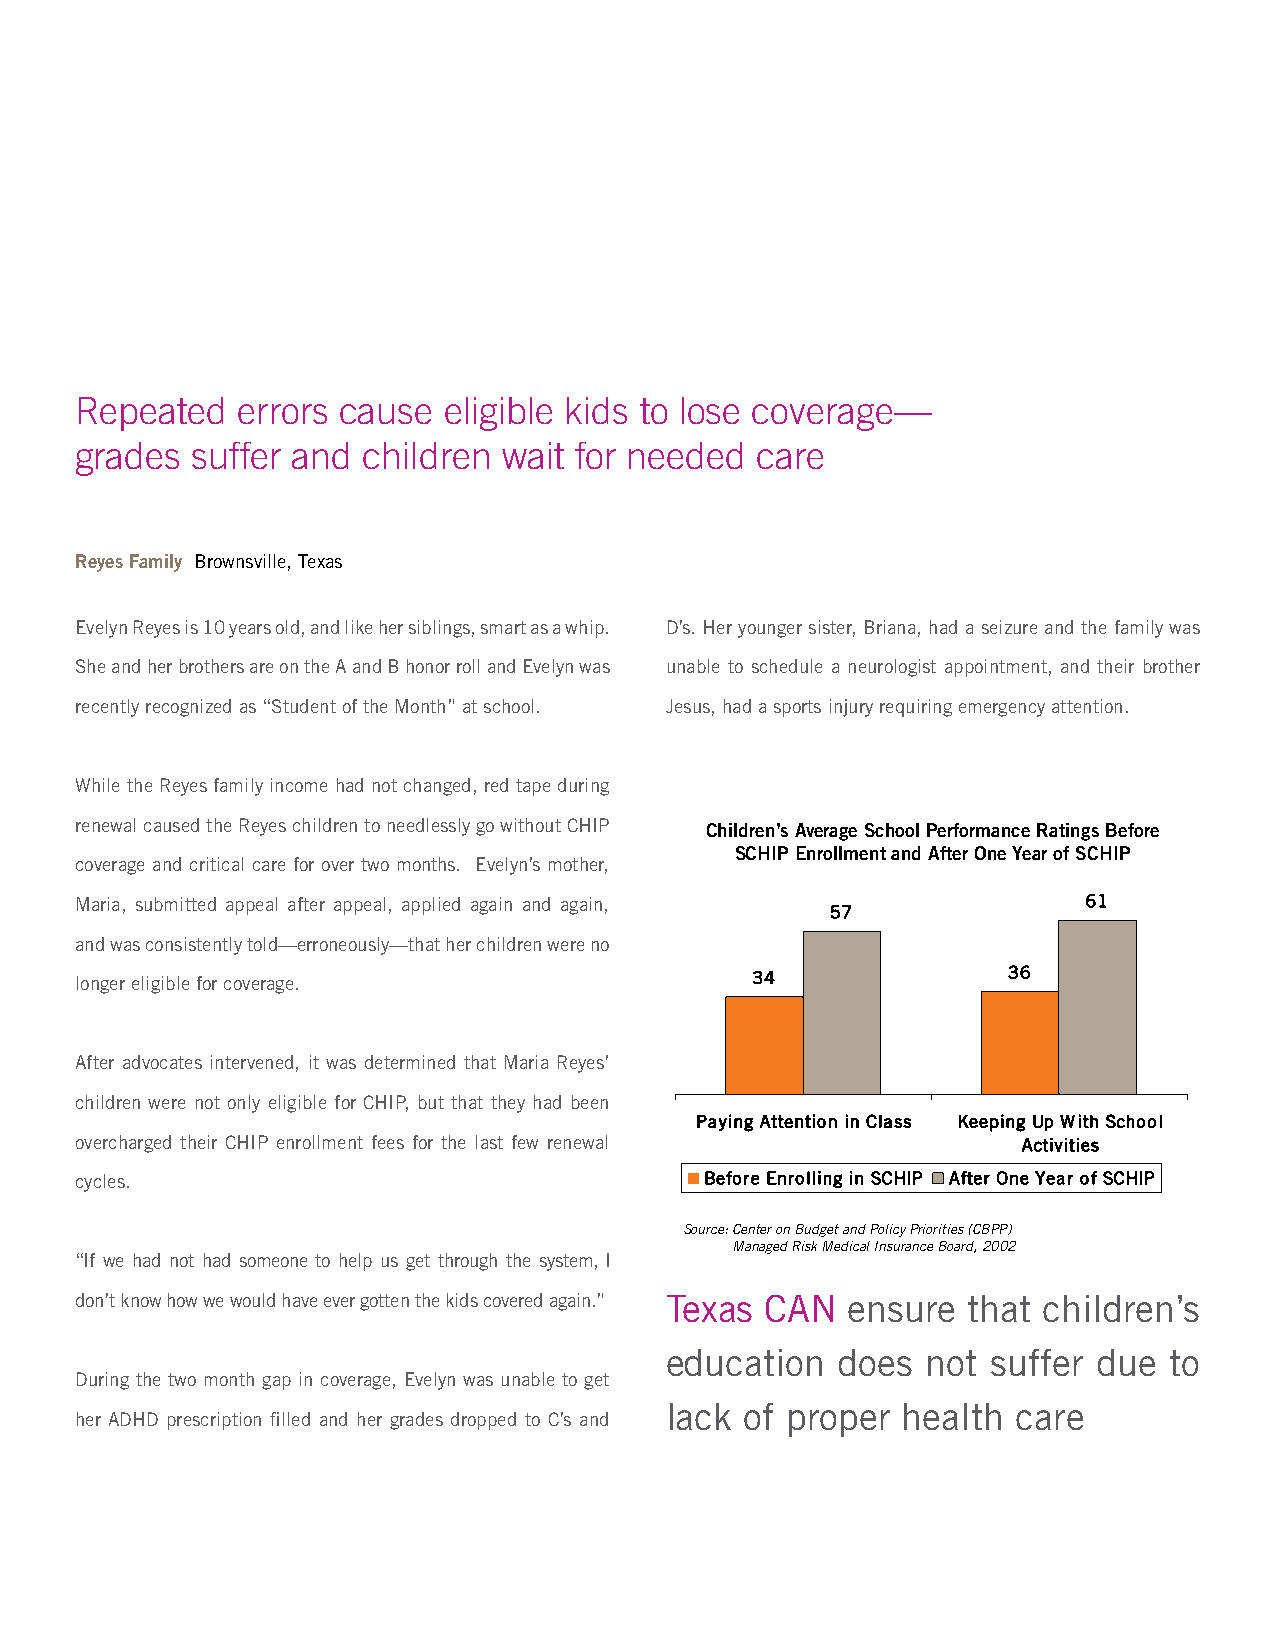
Repeated   errors cause eligible kids to lose coverage—
 grades  suffer and children wait for needed  care
 Reyes Family Brownsville, Texas
 Evelyn Reyes is 10 years old, and like her siblings, smart as a whip. D’s. Her younger sister, Briana, had a seizure and the family was
 She and her brothers are on the A and B honor roll and Evelyn was unable to schedule a neurologist appointment, and their brother
 recently recognized as “Student of the Month” at school. Jesus, had a sports injury requiring emergency attention.
 While the Reyes family income had not changed, red tape during
 renewal caused the Reyes children to needlessly go without CHIP Children’s Average School Performance Ratings Before
 SCHIP Enrollment and After One Year of SCHIP
 coverage and critical care for over two months. Evelyn’s mother,
 Maria, submitted appeal after appeal, applied again and again,     61
 57
 and was consistently told—erroneously—that her children were no
 longer eligible for coverage.                34               36
 After advocates intervened, it was determined that Maria Reyes’
 children were not only eligible for CHIP, but that they had been
 Paying Attention in Class Keeping Up With School
 overcharged their CHIP enrollment fees for the last few renewal Activities
 cycles.                                   Before Enrolling in SCHIP After One Year of SCHIP
 Source: Center on Budget and Policy Priorities (CBPP)
 Managed Risk Medical Insurance Board, 2002
 “If we had not had someone to help us get through the system, I
 don’t know how we would have ever gotten the kids covered again.” Texas CAN ensure that children’s
 education   does not  suffer due to
 During the two month gap in coverage, Evelyn was unable to get
 lack of proper  health care
 her ADHD prescription filled and her grades dropped to C’s and